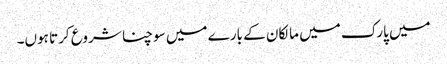
میں پارک میں مالکان کے بارے میں سوچنا شروع کرتا ہوں۔